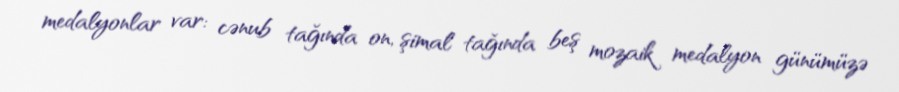
medalyonlar var: cənub tağında on, şimal tağında beş mozaik medalyon günümüzə